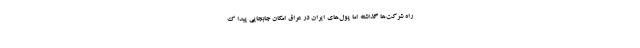
راه شرکت‌ها گذاشته اما پول‌های ایران در عراق امکان جابجایی پیدا ک